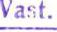
Vast.